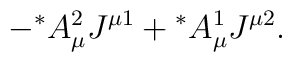
-{^\ast}A_\mu^2J^{\mu 1}+{^\ast}A_\mu^1J^{\mu 2}.